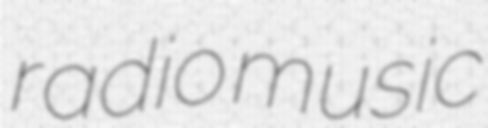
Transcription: radio music